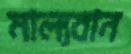
মাল্যবান